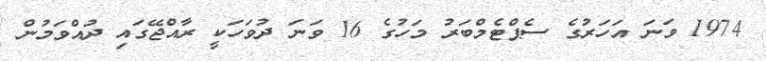
1974 ވަނަ އަހަރުގެ ސެޕްޓެމްބަރު މަހުގެ 16 ވަނަ ދުވަހަކީ ރާއްޖޭގައި ދުއްވަމުން